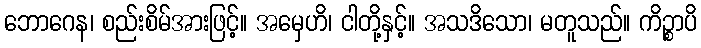
ဘောဂေန၊ စည်းစိမ်အားဖြင့်။ အမှေဟိ၊ ငါတို့နှင့်။ အသဒိသော၊ မတူသည်။ ကိဉ္စာပိ